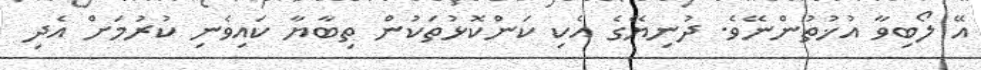
އޭ ލޯބިވާ އުޚުތުންނޭވެ. ދުނިޔޭގެ އެކި ކަންކޮޅުތަކުން ތިބާޔާ ކައިވެނި ކުރުމަށް އެދި